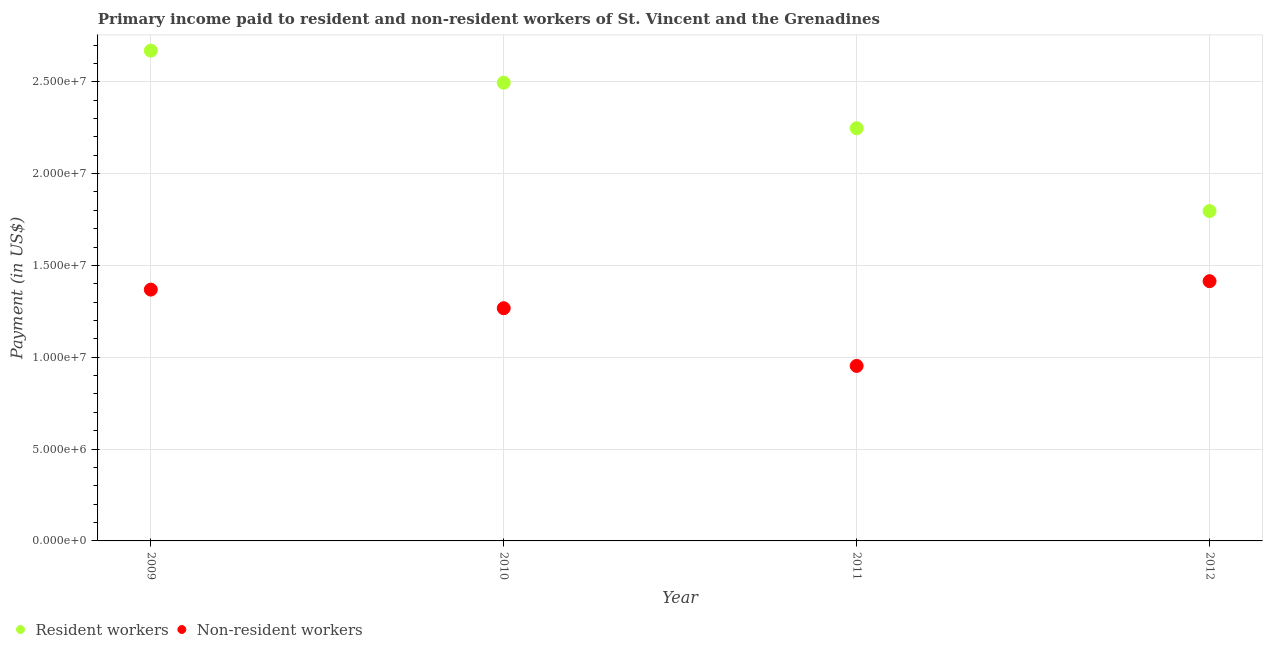
| Year | Resident workers | Non-resident workers |
 | --- | --- | --- |
 | 2009 | 2.67e+07 | 1.37e+07 |
 | 2010 | 2.49e+07 | 1.27e+07 |
 | 2011 | 2.25e+07 | 9.53e+06 |
 | 2012 | 1.8e+07 | 1.41e+07 |